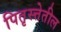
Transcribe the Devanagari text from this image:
पितृस्त्तेतील